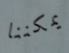
يمكننا